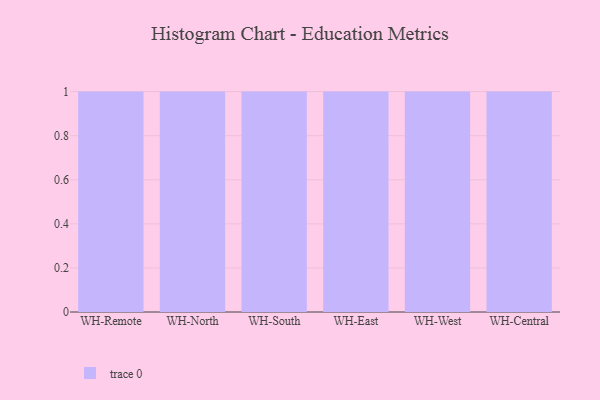
{"axis": {"x": "Warehouse", "y": "Waste Production (Tons)"}, "legend": [""], "data": [{"x": "WH-Remote", "y": 37, "type": ""}, {"x": "WH-North", "y": 79, "type": ""}, {"x": "WH-South", "y": 92, "type": ""}, {"x": "WH-East", "y": 71, "type": ""}, {"x": "WH-West", "y": 72, "type": ""}, {"x": "WH-Central", "y": 50, "type": ""}]}